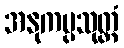
အနုကမ္ပသုတ္တံ